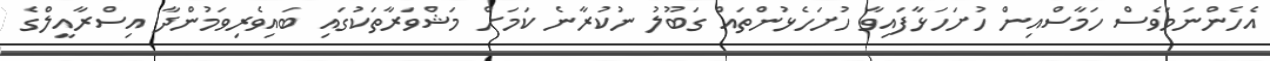
އެހެންނަމަވެސް ހަމާސްއިން ހުށަހަޅާފައިވާ ހުށަހެޅުންތައް ގަބޫލު ނުކުރާނެ ކަމަށް މަޝްވަރާތަކުގައި ބައިވެރިވަމުންދާ އިސްރާއީލްގެ